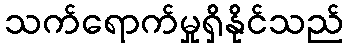
သက်ရောက်မှုရှိနိုင်သည်